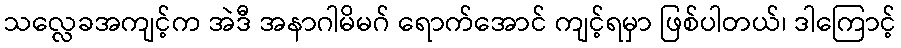
သလ္လေခအကျင့်က အဲဒီ အနာဂါမိမဂ် ရောက်အောင် ကျင့်ရမှာ ဖြစ်ပါတယ်၊ ဒါကြောင့်